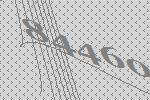
84460